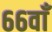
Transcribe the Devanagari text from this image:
६६वाँ